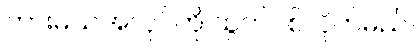
ဘားမယ်အလုပ်ကို ထွက်ပစ်လိုက်မည်။